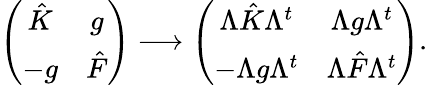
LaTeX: \left(\begin{array}{cc}{{\hat{K}}}&{{g}}\\ {{-g}}&{{\hat{F}}}\end{array}\right)\longrightarrow\left(\begin{array}{cc}{{\Lambda\hat{K}\Lambda^{t}}}&{{\Lambda g\Lambda^{t}}}\\ {{-\Lambda g\Lambda^{t}}}&{{\Lambda\hat{F}\Lambda^{t}}}\end{array}\right).